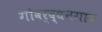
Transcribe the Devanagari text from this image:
गोवर्द्धनगाम